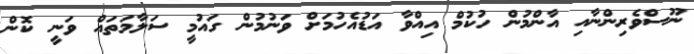
ނޫސްވެރިންނާއި އާންމުން ހުކުމް އިއްވާ އަޑުއެހުމަށް ވަނުމުން ގައުމީ ސަލާމަތައް ވަނީ ކޮން